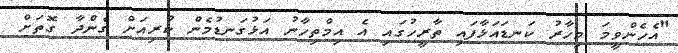
"އެހެންވީމަ މިހާރު ކަނޑައަޅާފައި ތާރީހުގައި އެ އިމްތިހާނު އަޅުގަނޑުމެން ކުރިއަށް ގެންދާ ގޮތަށް